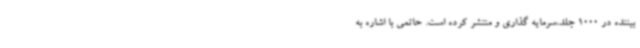
بیننده در 1000 جلد،سرمایه گذاری و منتشر کرده است. حاتمی با اشاره به